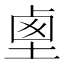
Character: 𡍏